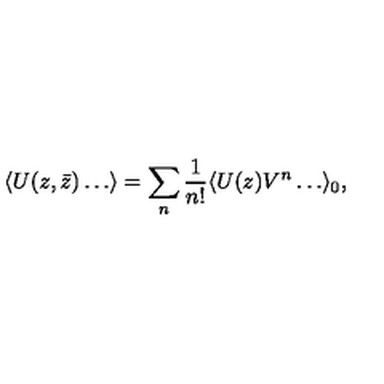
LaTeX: \langle U ( z , \bar { z } ) \ldots \rangle = \sum _ { n } { \frac { 1 } { n ! } } \langle U ( z ) V ^ { n } \ldots \rangle _ { 0 } ,